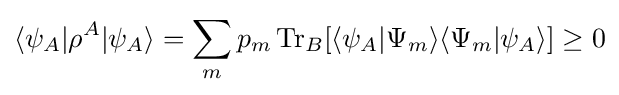
\langle \psi _{A}|\rho ^{A}|\psi _{A}\rangle =\sum _{m}p_{m}\operatorname {Tr} _{B}[\langle \psi _{A}|\Psi _{m}\rangle \langle \Psi _{m}|\psi _{A}\rangle ]\geq 0